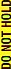
DO NOT HOLD